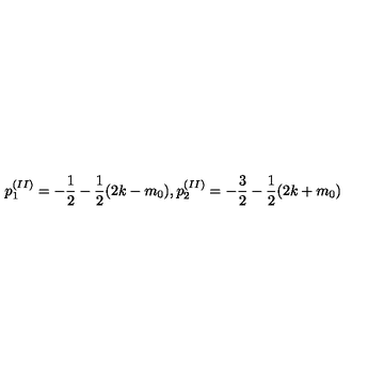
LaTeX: p _ { 1 } ^ { ( I I ) } = - \frac { 1 } { 2 } - \frac { 1 } { 2 } ( 2 k - m _ { 0 } ) , p _ { 2 } ^ { ( I I ) } = - \frac { 3 } { 2 } - \frac { 1 } { 2 } ( 2 k + m _ { 0 } )